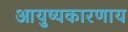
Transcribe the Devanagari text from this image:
आयुष्यकारणाय